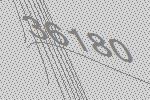
36180